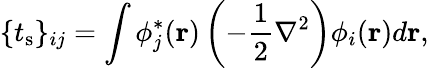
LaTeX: {\displaystyle\{ t_{\mathrm{s}}\} _{ij}=\int\phi_{j}^{*}({\mathbf r})\left(-\frac{1}{2}\nabla^{2}\right)\phi_{i}({\mathbf r})d{\mathbf r}},